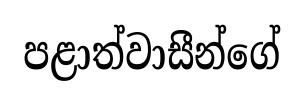
පළාත්වාසීන්ගේ